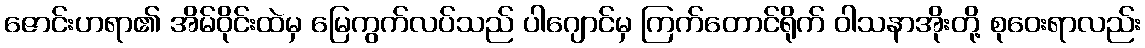
ဇောင်းဟရာ၏ အိမ်ဝိုင်းထဲမှ မြေကွက်လပ်သည် ပါဂျောင်မှ ကြက်တောင်ရိုက် ဝါသနာအိုးတို့ စုဝေးရာလည်း